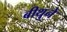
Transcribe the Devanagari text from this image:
बीथुने